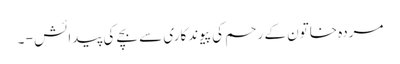
مردہ خاتون کے رحم کی پیوندکاری سے بچے کی پیدائش - ۔